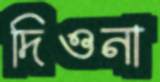
দিওনা